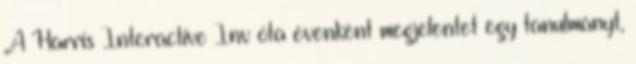
„A Harris Interactive Inv óta évenként megjelentet egy tanulmányt,